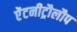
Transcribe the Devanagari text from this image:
ऐंटनीट्रौलौप